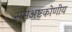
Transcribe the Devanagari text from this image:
समअष्टकोणीय